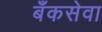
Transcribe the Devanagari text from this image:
बँकसेवा